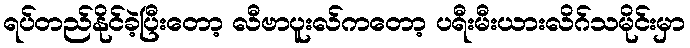
ရပ်တည်နိုင်ခဲ့ပြီးတော့ လီဗာပူးလ်ကတော့ ပရီးမီးယားလိဂ်သမိုင်းမှာ